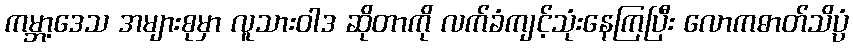
ကမ္ဘာ့ဒေသ အများစုမှာ လူသားဝါဒ ဆိုတာကို လက်ခံကျင့်သုံးနေကြပြီး လောကဓာတ်သိပ္ပံ